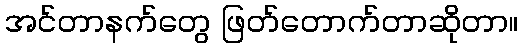
အင်တာနက်တွေ ဖြတ်တောက်တာဆိုတာ။